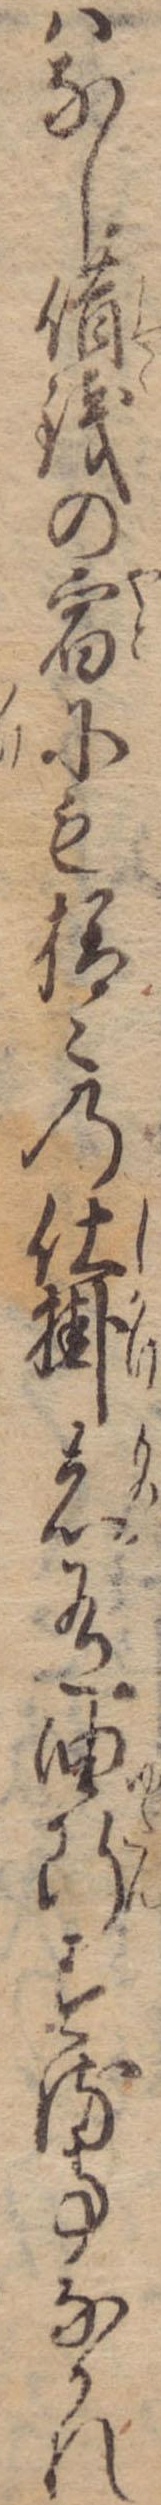
はなし借銭の宿にも様々の仕掛者有油断する事なかれ